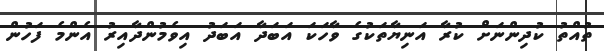
ތުއްތު ކުދިންނަށް ކުރާ އަނިޔާތަކުގެ ވާހަކަ އަބަދާ އަބަދު އިވެމުންދާއިރު އެންމެ ފަހުން